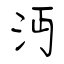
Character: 沔